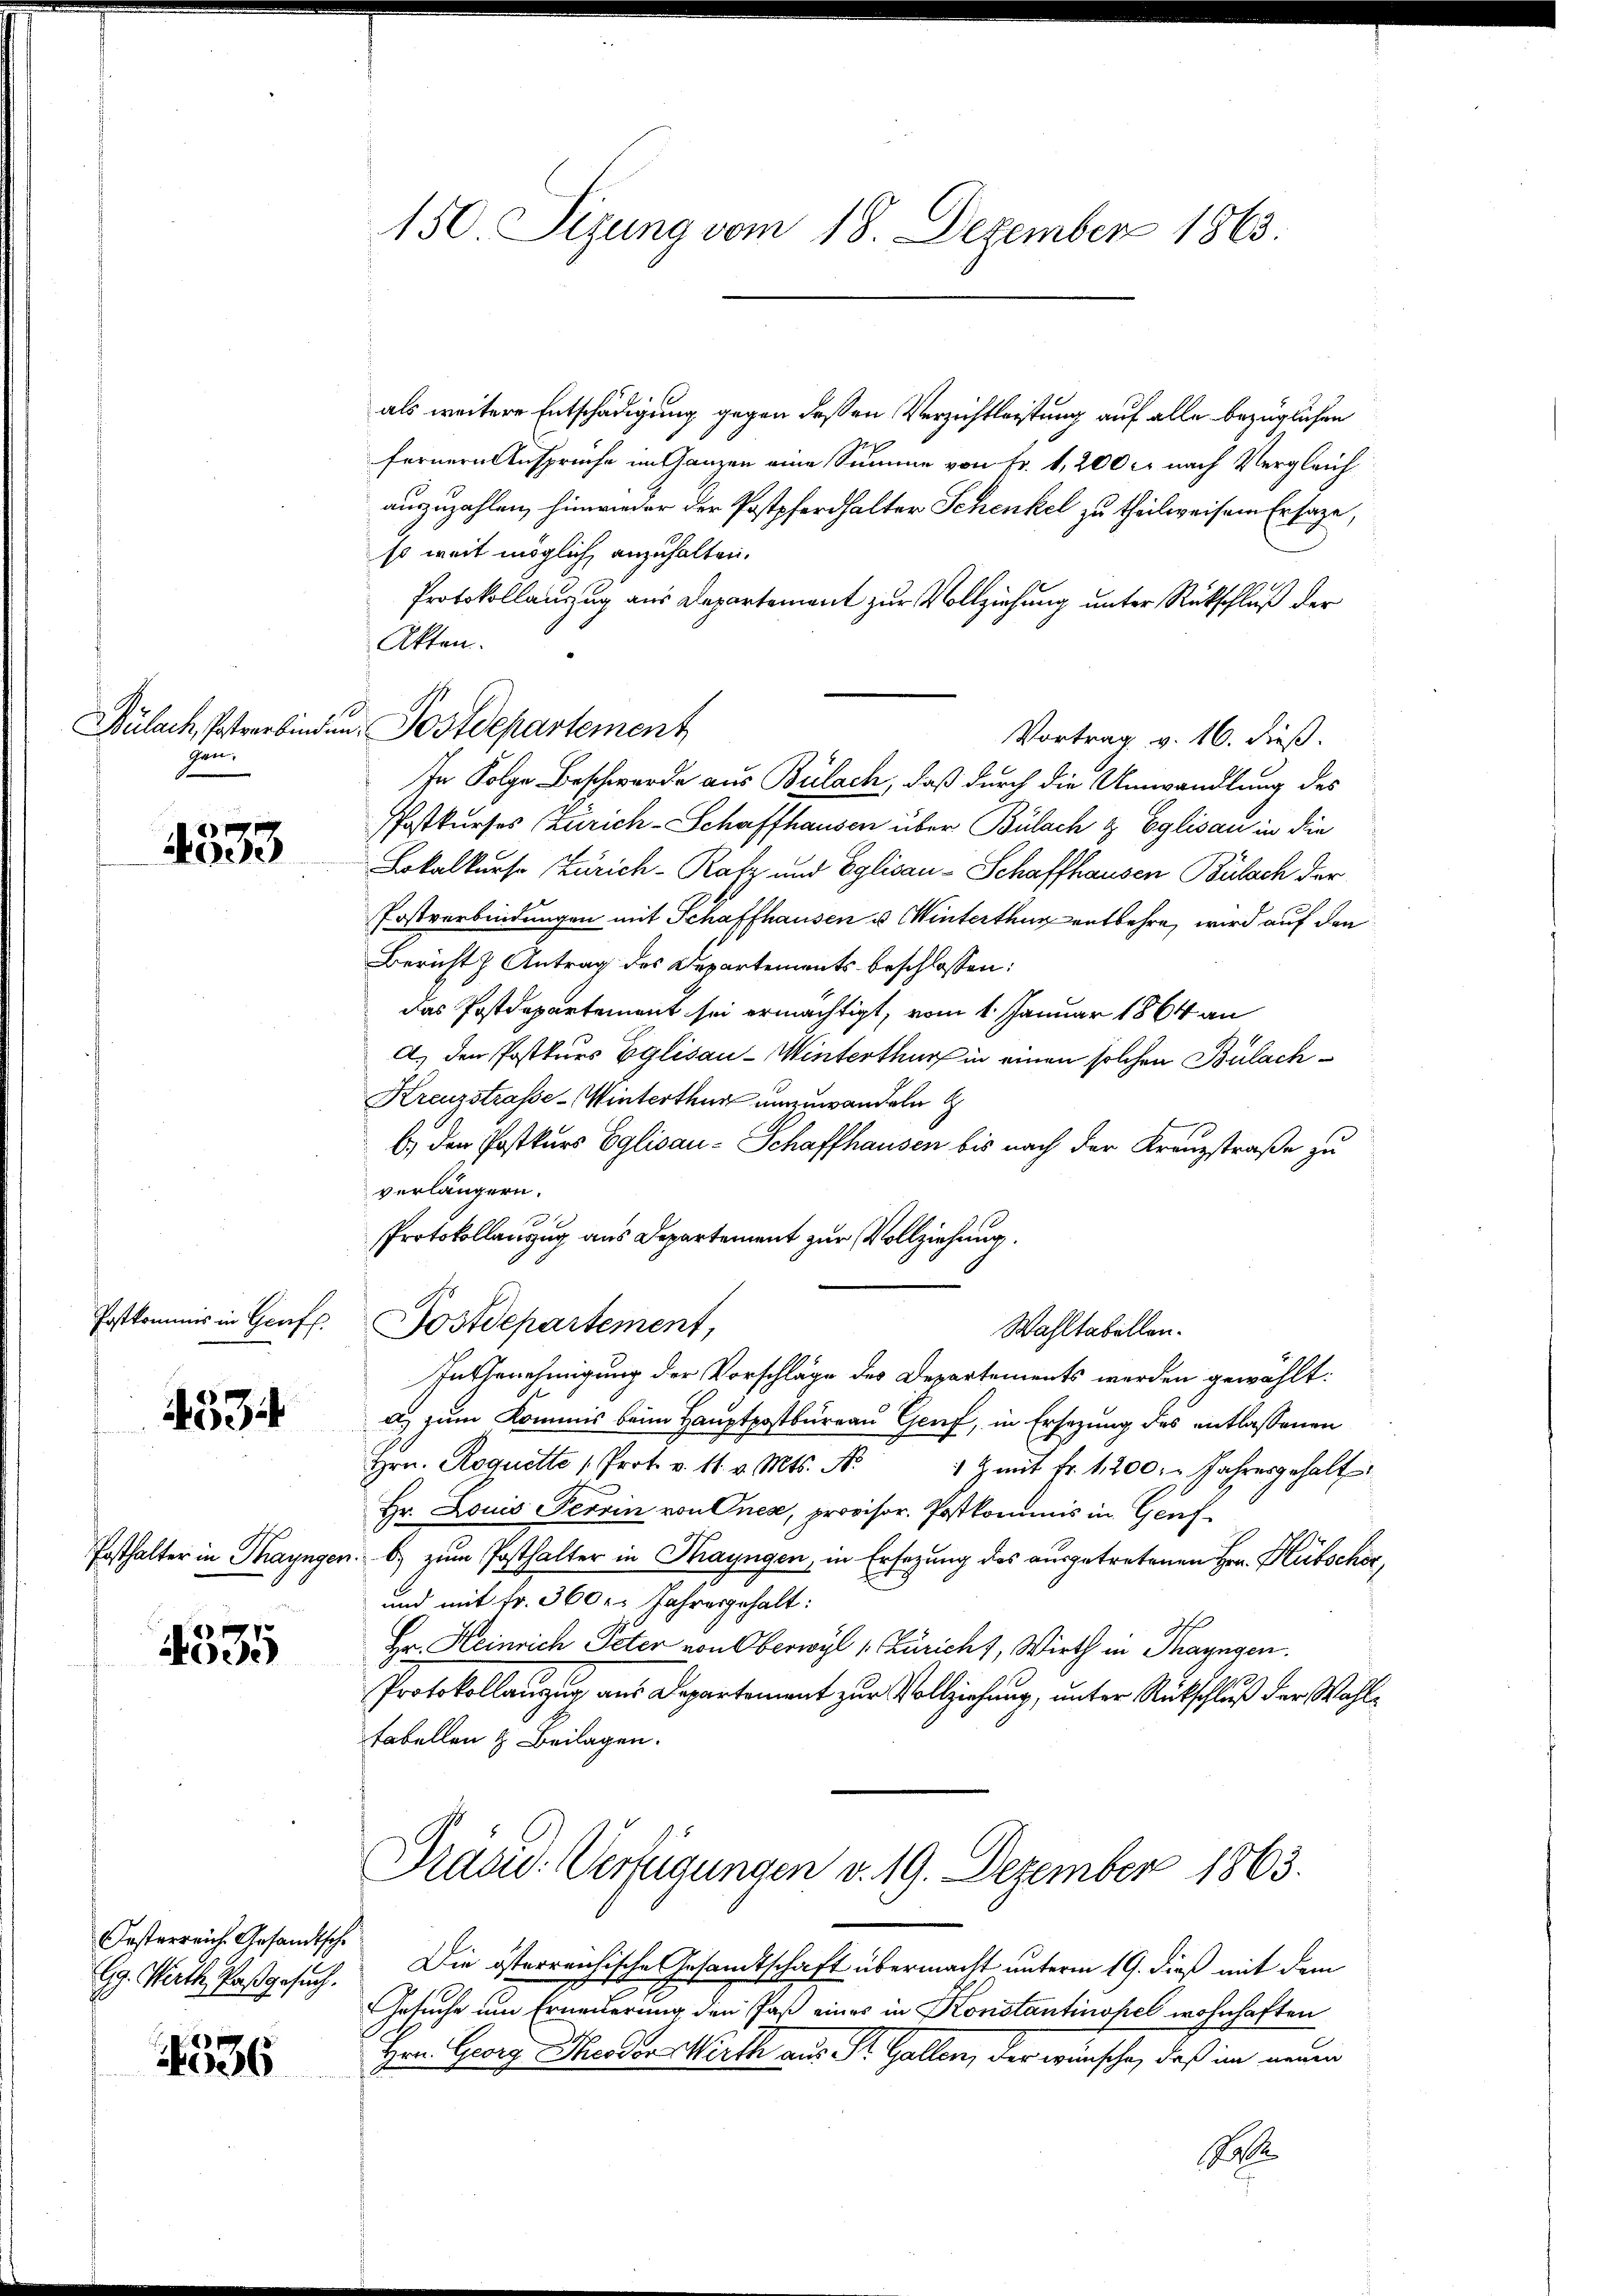
gen.

4533

Postkommis in Genf.

133

Posthalter in Thayngen

4535

Oesterreich. Gesandtsche

4536

150 Sizung vom 18. Dezember 1863.

als weitere Entschädigung gegen dessen Verzichtleistung auf alle bezüglichen
fernern Ansprüche im Ganzen eine Summe von Fr. 1,200 c. nach Vergleich
auszuzahlen, hinwieder der Postpferdhalter Schenkel zu theilweisem Ersage,
so weit möglich anzuhalten.
Protokollauszug aus Departement zur Vollziehung unter Rückschluß der
Akten.
In Folge Beschwerde aus Bülach, daß durch die Umwandlung des
Postkurses Zürich-Schaffhausen über Bülach & Eglisau in die
Lokalkurso Zürich-Rafz und Eglisau - Schaffhausen Bülach der
Postverbindungen mit Schaffhausen u Winterthur entbehre, wird auf den
Bericht & Antrag des Departements beschlossen:
das Postdepartement sei ermächtigt, vom 1. Januar 1864 an
a) den Postkurs Eglisau - Winterthur in einen solchen Bülach¬
Kreuzstrasse-Winterthur umzuwandeln d
b.) den Postkurs Eglisau - Schaffhausen bis nach der Kreuzstraße zu
verlängern.
Protokollauszug aus Departement zur Vollziehung.
Postdepartement,
Wahltabellen.
In Genehmigung der Vorschläge des Departements werden gewählt:
a. zum Kommis beim Hauptpostbureau Genf, in Ersezung des entlassenen
Hrn. Roquette Prot. v. 11. v. Mts. N. 1 & mit fr. 1200. - Jahresgehalt
Hr. Louis Terrin von Ones, provisor. Postkommis in Genfb) zum Posthalter in Thayngen, in Ersezung des ausgetretenen Hrn. Hübscher,
und mit Fr. 360. Jahresgehalt:
Hr. Heinrich Peter von Oberwyl 1. Züricht, Wirth in Thayngen.
Protokollanzug aus Departement zur Vollziehung, unter Rückschluß der Wahltabellen & Beilagen.

Bülach, Postverbinden Postdepartement

Vortrag v. 16. dieß.

Präsid. Verfügungen v. 19. Dezember 1863.

Gg. Wirth Paß gesuch. Die österreichische Gesamtschaft übermacht unterm 19. dieß mit dem
Gesuche um Ernenderung den Paß eines in Konstantinopel wohnhaften
Hrn. Georg Theodor Werth aus Dr. Gallen, der wünsche, daß im neuen
Be